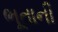
ભૂતાની